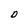
Character: D